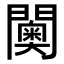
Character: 𮤦